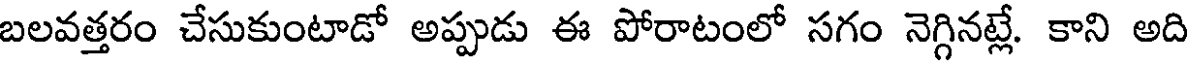
బలవత్తరం చేసుకుంటాడో అప్పుడు ఈ పోరాటంలో సగం నెగ్గినట్లే. కాని అది